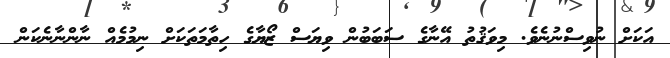
އަކަށް ނުވިސްނުނެވެ. މިވަޤުތު އޭނާގެ ސަބަބުން ވިޔަސް ޒޯޔާގެ ހިތާމަތަކަށް ނިމުމެއް ނާންނާނެކަން